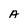
Character: A